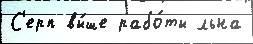
С'ерп вы́ше рабо́ты льна